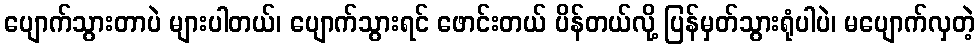
ပျောက်သွားတာပဲ များပါတယ်၊ ပျောက်သွားရင် ဖောင်းတယ် ပိန်တယ်လို့ ပြန်မှတ်သွားရုံပါပဲ၊ မပျောက်လှတဲ့